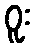
ဝူး